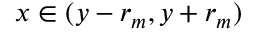
x \in ( y - r _ { m } , y + r _ { m } )